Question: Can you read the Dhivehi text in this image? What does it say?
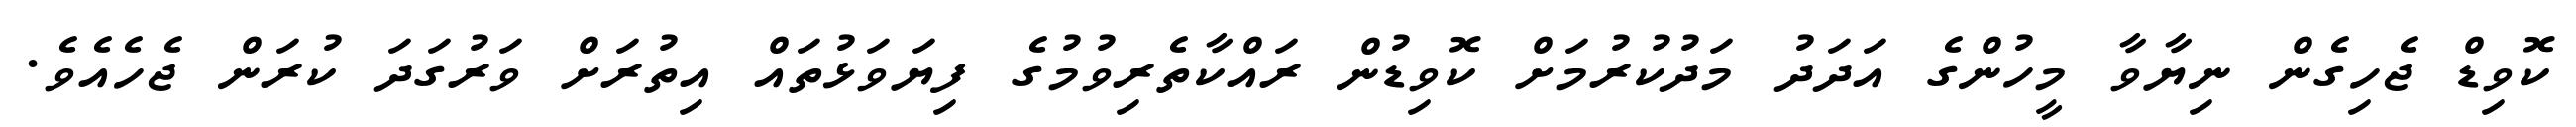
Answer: ކޮވިޑް ޖެހިގެން ނިޔާވާ މީހުންގެ އަދަދު މަދުކުރުމަށް ކޮވިޑުން ރައްކާތެރިވުމުގެ ފިޔަވަޅުތައް އިތުރަށް ވަރުގަދަ ކުރަން ޖެހެއެވެ.